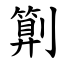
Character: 㔍